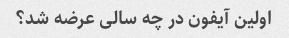
اولین آیفون در چه سالی عرضه شد؟